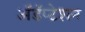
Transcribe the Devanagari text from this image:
अॅडॅप्टेशन